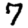
Digit: 7